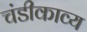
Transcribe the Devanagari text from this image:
चंडीकाव्य